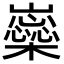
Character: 𡾚